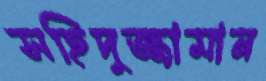
সহিদুজ্জামান